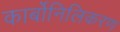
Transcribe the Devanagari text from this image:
कार्बोनिलिकरण